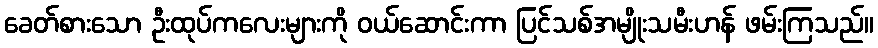
ခေတ်စားသော ဦးထုပ်ကလေးများကို ဝယ်ဆောင်းကာ ပြင်သစ်အမျိုးသမီးဟန် ဖမ်းကြသည်။